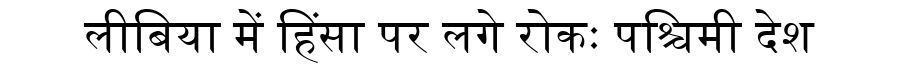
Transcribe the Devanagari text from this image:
लीबिया में हिंसा पर लगे रोकः पश्चिमी देश